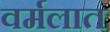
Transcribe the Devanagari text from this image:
वर्मलात